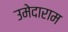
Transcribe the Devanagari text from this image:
उमेदाराम